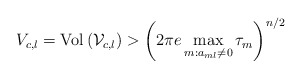
\begin{align*}V_{c,l}=\textrm{Vol}\left(\mathcal{V}_{c,l}\right)>\left(2\pi e\max_{m:a_{ml}\neq0}\tau_{m}\right)^{n/2}\end{align*}